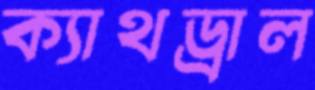
ক্যাথড্রাল